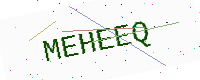
Text: MEHEEQ